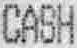
CASH